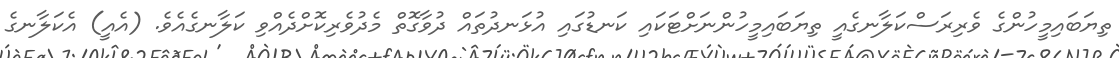
ތިޔަބައިމީހުންގެ ވެރިރަސްކަލާނގެއީ ތިޔަބައިމީހުންނަށްޓަކައި ކަނޑުގައި އުޅަނދުތައް ދުވާގޮތް މެދުވެރިކޮށްދެއްވި ކަލާނގެއެވެ. (އެއީ) އެކަލާނގެ